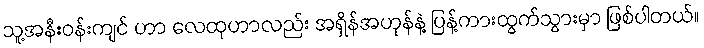
သူ့အနီးဝန်းကျင် ဟာ လေထုဟာလည်း အရှိန်အဟုန်နဲ့ ပြန့်ကားထွက်သွားမှာ ဖြစ်ပါတယ်။